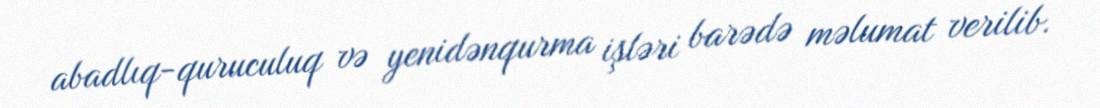
abadlıq-quruculuq və yenidənqurma işləri barədə məlumat verilib.